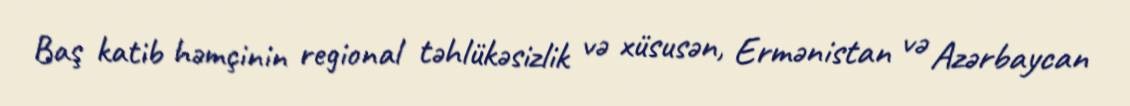
Baş katib həmçinin regional təhlükəsizlik və xüsusən, Ermənistan və Azərbaycan